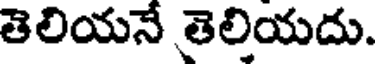
తెలియనే తెలియదు.